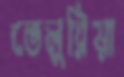
ভেলুরিয়া